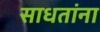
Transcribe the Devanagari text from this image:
साधतांना